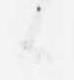
候